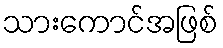
သားကောင်အဖြစ်